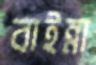
বাইন্না